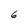
Character: 6